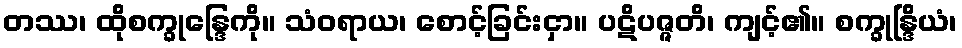
တဿ၊ ထိုစက္ခုန္ဒြေကို။ သံဝရာယ၊ စောင့်ခြင်းငှာ။ ပဋိပဇ္ဇတိ၊ ကျင့်၏။ စက္ခုန္ဒြိယံ၊